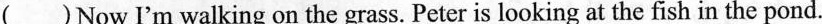
()Now I'm walking on the grass. Peter is looking at the fish in the pond.